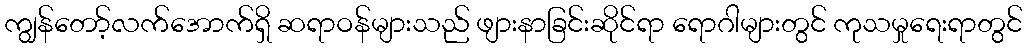
ကျွန်တော့်လက်အောက်ရှိ ဆရာဝန်များသည် ဖျားနာခြင်းဆိုင်ရာ ရောဂါများတွင် ကုသမှုရေးရာတွင်